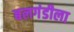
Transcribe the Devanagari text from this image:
बलगंडीला